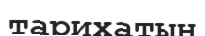
тарихатын